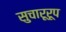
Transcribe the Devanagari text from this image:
सुचारूरूप